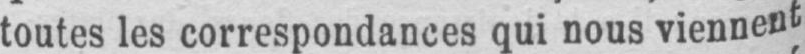
toutes les correspondances qui nous viennent